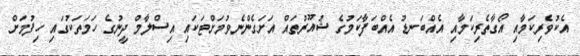
އެކުވެރިކަމާއި އޯގާތެރިކަމާއި އެއްބަނޑު އެއްބަފާކަމުގެ ޝުއޫރުތައް އަށަގެންނެވުމަށްޓަކައި އިސްލާމް ދީނުގެ ހަމަތަކުގައި ހިފުމަށް